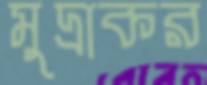
মুদ্রাকর